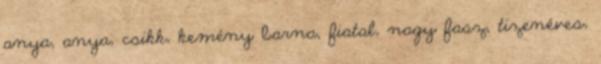
anya, anya, csikk, kemény barna, fiatal, nagy fasz, tizenéves,